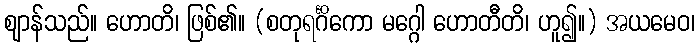
ဈာန်သည်။ ဟောတိ၊ ဖြစ်၏။ (စတုရင်္ဂိကော မဂ္ဂေါ ဟောတီတိ၊ ဟူ၍။) အယမေဝ၊